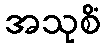
အသုစိံ